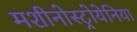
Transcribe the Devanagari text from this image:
मशीनोस्ट्रोयेनिया